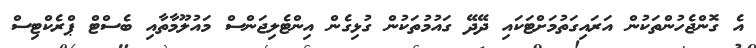
އެ ގޮންޖެހުންތަކުން އަރައިގަތުމަށްޓަކައި ދޭދޭ ގައުމުތަކުން ގުޅިގެން އިންޓެލިޖަންސް މައުލޫމާތާއި ބެސްޓް ޕްރެކްޓިސް